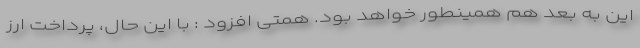
این به بعد هم همینطور خواهد بود. همتی افزود : با این حال، پرداخت ارز